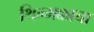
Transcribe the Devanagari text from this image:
थिम्मक्काचा